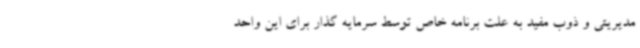
مدیریتی و ذوب مفید به علت برنامه خاص توسط سرمایه گذار برای این واحد